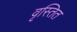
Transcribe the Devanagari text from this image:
वृस्तित